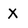
Character: x